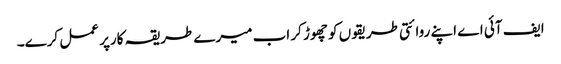
ایف آئی اے اپنے روائتی طریقوں کو چھوڑ کر اب میرے طریقہ کارپر عمل کرے۔